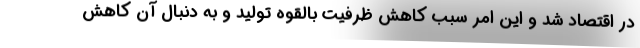
در اقتصاد شد و این امر سبب کاهش ظرفیت بالقوه تولید و به دنبال آن کاهش